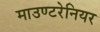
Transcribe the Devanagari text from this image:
माउण्टरेनियर